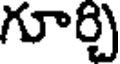
గూర్చి